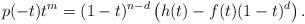
LaTeX: \begin{align*}p(-t)t^m = (1-t)^{n-d} \left( h(t) - f(t) (1-t)^d\right).\end{align*}